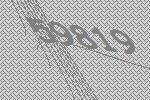
59819